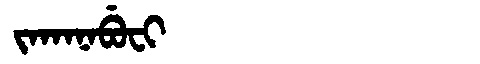
Manchu: ᠵᠠᡴᠠᠨᠠᠪᡠᠸᡳ
Romanization: JAKANABUFI